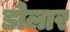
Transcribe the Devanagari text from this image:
डोलार